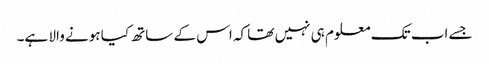
جسے اب تک معلوم ہی نہیں تھا کہ اس کے ساتھ کیا ہونے والا ہے۔